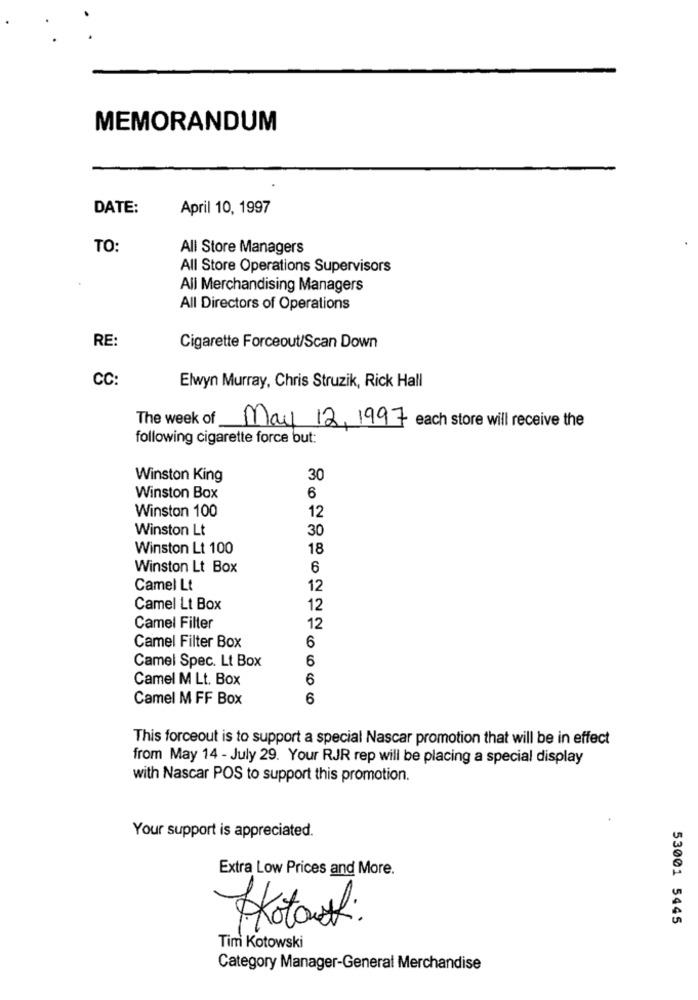
MEMORANDUM
DATE:
April 10, 1997
TO:
All Store Managers
All Store Operations Supervisors
All Merchandising Managers
All Directors of Operations
RE:
Cigarette Forceout/Scan Down
CC:
Elwyn Murray, Chris Struzik, Rick Hall
The week of
May 12, 1997 each store will receive the
following cigarette force but:
Winston King
30
Winston Box
6
Winston 100
12
Winston Lt
30
Winston Lt 100
18
Winston Lt Box
6
Camel Lt
12
Camel Lt Box
12
Camel Filter
12
Camel Filter Box
6
Camel Spec. Lt Box
6
Camel M Lt. Box
6
Camel M FF Box
6
This forceout is to support a special Nascar promotion that will be in effect
from May 14 - July 29. Your RJR rep will be placing a special display
with Nascar POS to support this promotion.
Your support is appreciated.
Extra Low Prices and More.
53001 5445
AKotas :
Tim Kotowski
Category Manager-General Merchandise